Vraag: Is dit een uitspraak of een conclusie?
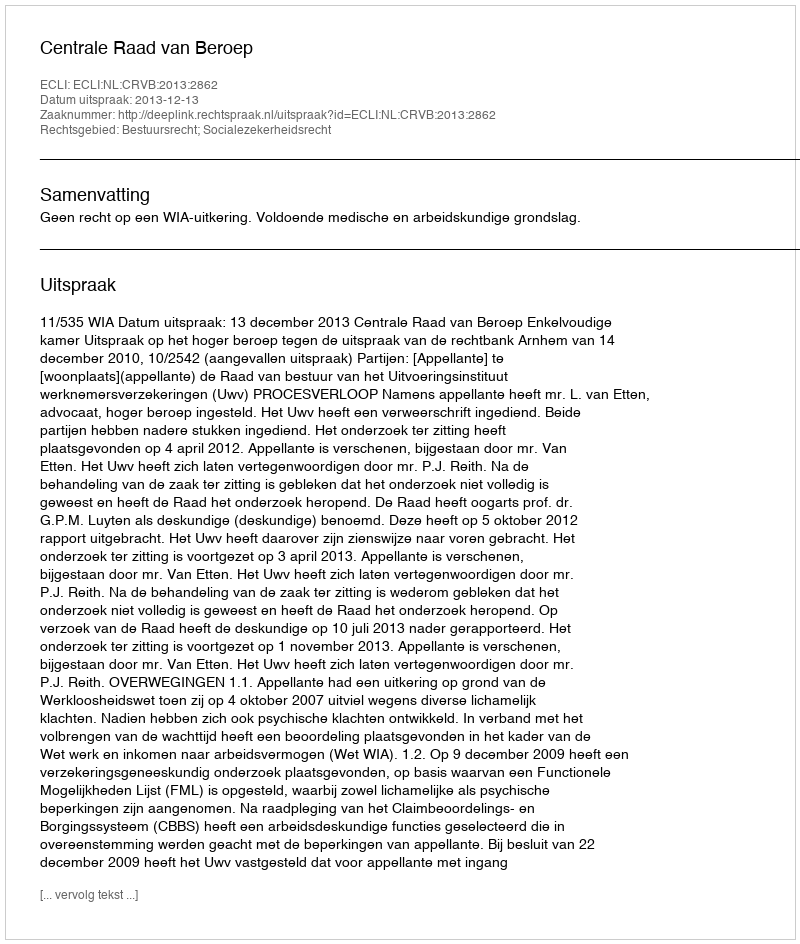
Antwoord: Uitspraak